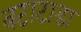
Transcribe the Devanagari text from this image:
बटाटाडा